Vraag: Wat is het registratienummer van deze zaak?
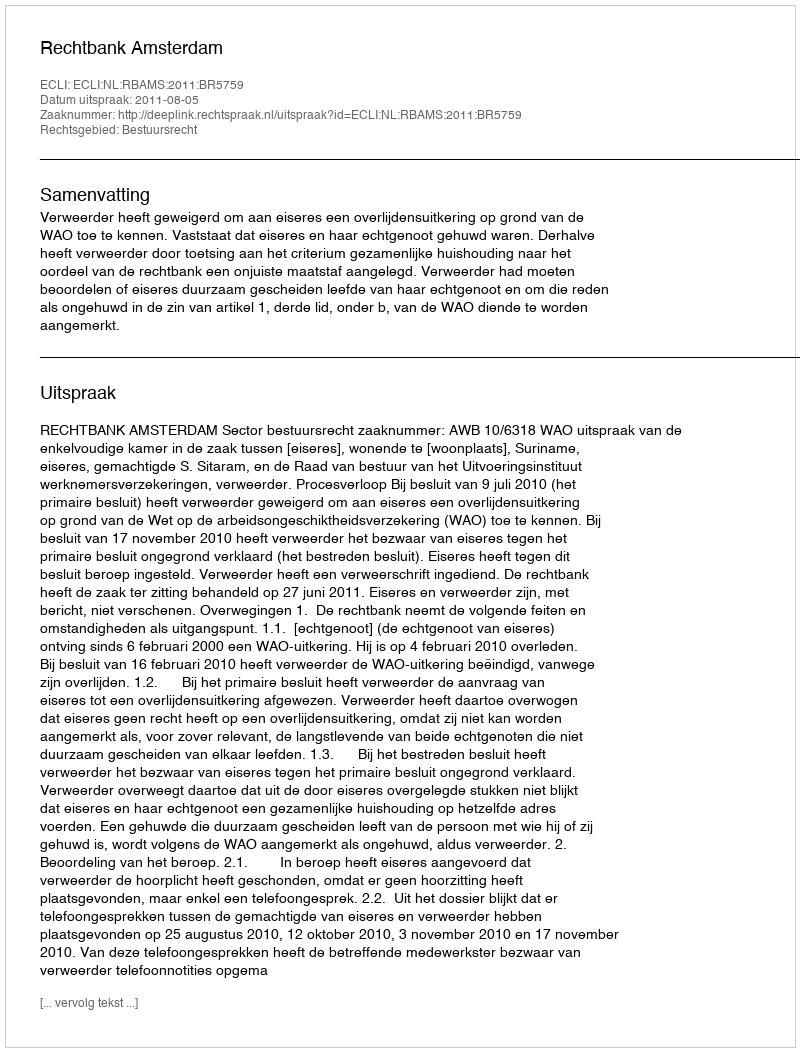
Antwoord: http://deeplink.rechtspraak.nl/uitspraak?id=ECLI:NL:RBAMS:2011:BR5759